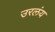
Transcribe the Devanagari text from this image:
उरलंय